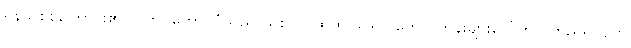
ရန်သူစစ်ကြောင်း၏ လက်ဝဲတောင်ပံသည် သစ် ပင်ထူထပ်သော တောင်ကုန်းများပေါ်တွင် တည်ရှိလျက်